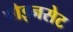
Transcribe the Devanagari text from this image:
पोइनसेट